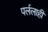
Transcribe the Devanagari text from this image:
पर्ललाही